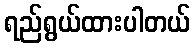
ရည်ရွယ်ထားပါတယ်